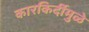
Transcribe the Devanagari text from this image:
कारकिर्दीमुळे